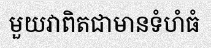
មួយវាពិតជាមានទំហំធំ